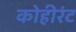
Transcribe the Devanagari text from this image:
कोहीरंट